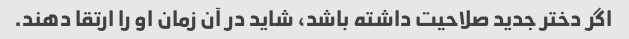
اگر دختر جدید صلاحیت داشته باشد، شاید در آن زمان او را ارتقا دهند.